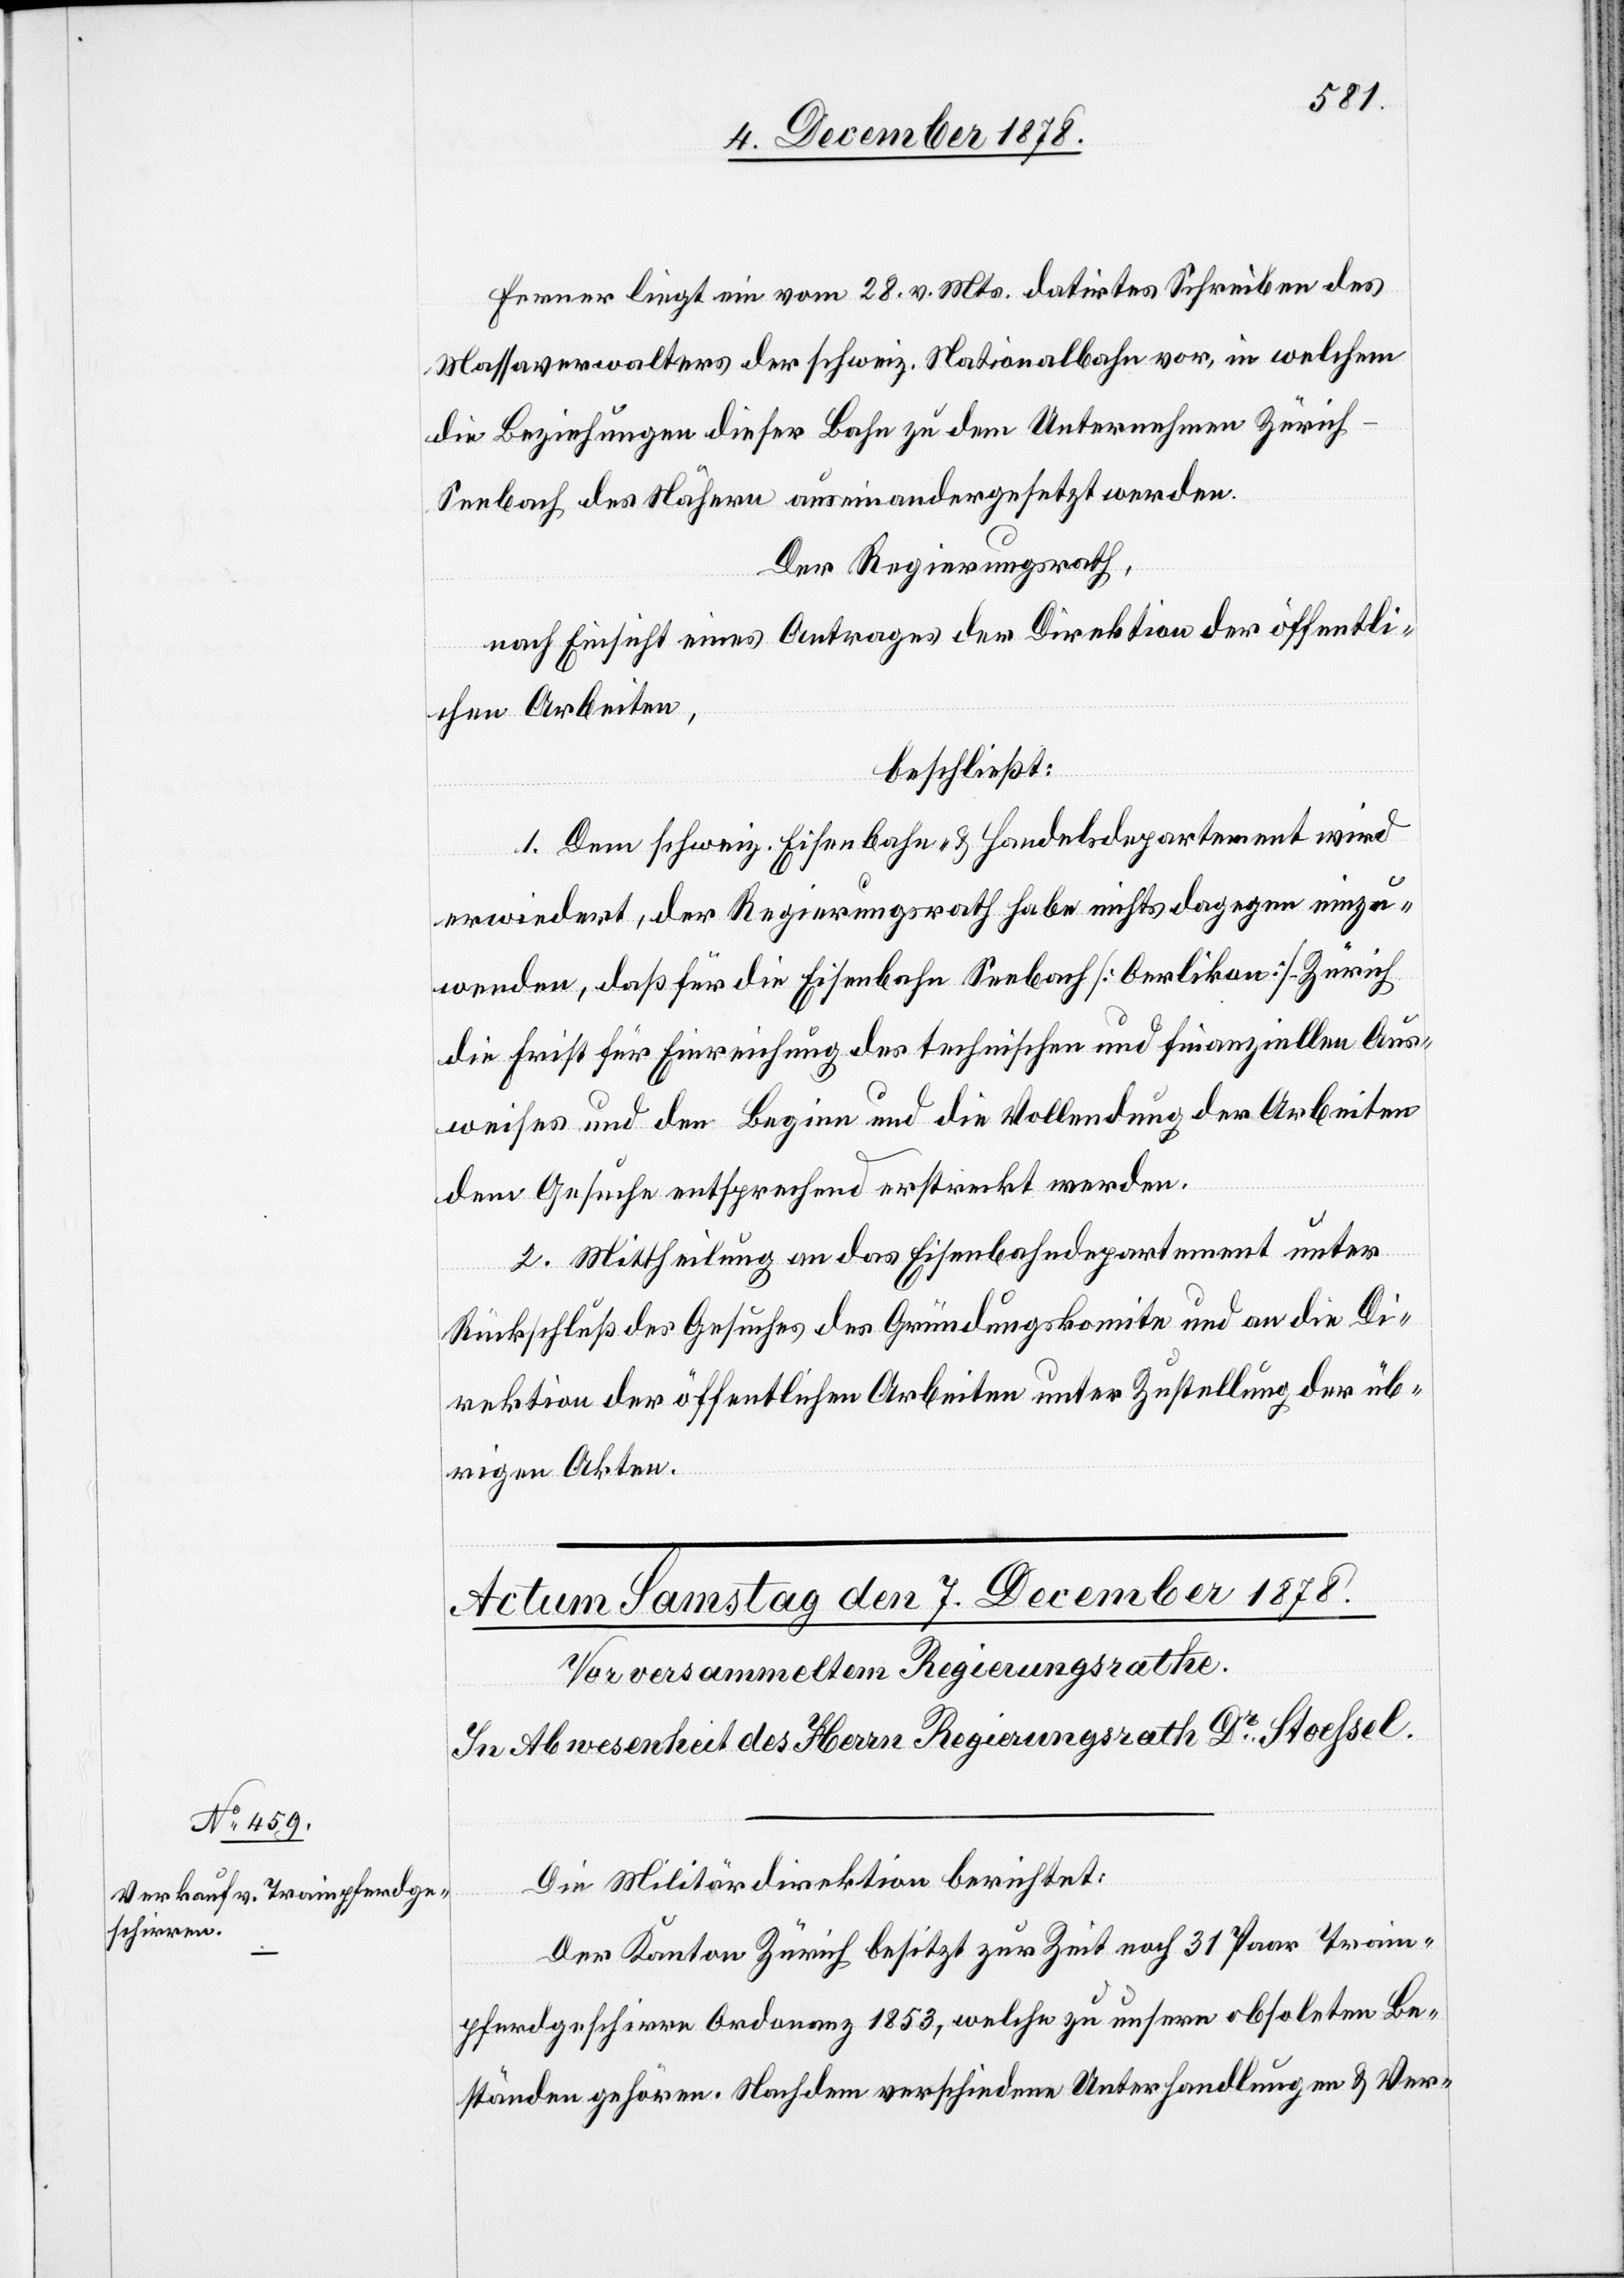
Ferner liegt ein vom 28. v. Mts. datirtes Schreiben des
Massaverwalters der schweiz. Nationalbahn vor, in welchem
die Beziehungen dieser Bahn zu dem Unternehmen Züric¬
h–Seebach des Nähern auseinandergesetzt werden.
Der Regierungsrath,
nach Einsicht eines Antrages der Direktion der öffentli¬
chen Arbeiten,
beschließt:
1. Dem schweiz. Eisenbahn- & Handelsdepartement wird
erwiedert, der Regierungsrath habe nichts dagegen einzu¬
wenden, daß für die Eisenbahn Seebach [Oerlikon] Zürich
die Frist für Einreichung des technischen und finanziellen Aus¬
weises und den Beginn und die Vollendung der Arbeiten
dem Gesuche entsprechend erstreckt werden.
2. Mittheilung an das Eisenbahndepartement unter
Rückschluß des Gesuches des Gründungskomite und an die Di¬
rektion der öffentlichen Arbeiten unter Zustellung der üb¬
rigen Akten.
Die Militärdirektion berichtet:
Der Kanton Zürich besitzt zur Zeit noch 31 Paar Train¬
pferdgeschirre Ordonanz 1853, welche zu unsern obsoleten Be¬
ständen gehören. Nachdem verschiedene Unterhandlungen & Ver-